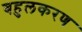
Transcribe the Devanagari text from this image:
बहुलकरण